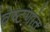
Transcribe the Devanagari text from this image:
वेष्टणांत